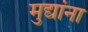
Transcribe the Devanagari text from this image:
मुद्यांना